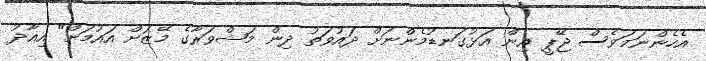
އެހެންނަމަވެސް ޖޭޕީ އިން އަޅުގަނޑުމެންނަށް ދައުވަތު ދިން މަޝްވަރާގެ މޭޒަށް އައުމަށް" އިއާދު